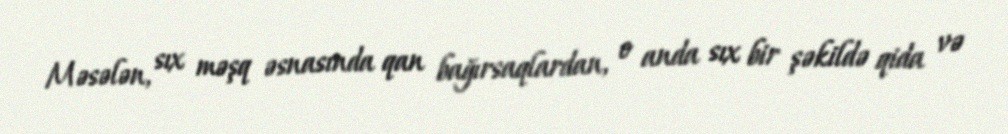
Məsələn, sıx məşq əsnasında qan bağırsaqlardan, o anda sıx bir şəkildə qida və